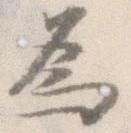
為